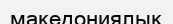
македониялық